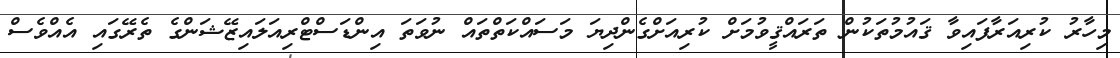
މިހާރު ކުރިއަރާފައިވާ ޤައުމުތަކުން ތަރައްޤީވުމަށް ކުރިއަށްގެންދިޔަ މަސައްކަތްތައް ނުވަތަ އިންޑަސްޓްރިއަލައިޒޭޝަންގެ ތެރޭގައި އެއްވެސް